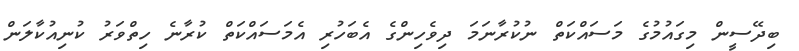
ބިދޭސީން މިގައުމުގެ މަސައްކަތް ނުކުރާނަމަ ދިވެހިންގެ އެބަހުރި އެމަސައްކަތް ކުރާނެ ހިތްވަރު ކުނިއުކާލަން